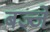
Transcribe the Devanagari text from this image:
बज्जे